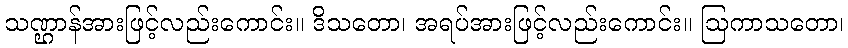
သဏ္ဌာန်အားဖြင့်လည်းကောင်း။ ဒိသတော၊ အရပ်အားဖြင့်လည်းကောင်း။ ဩကာသတော၊